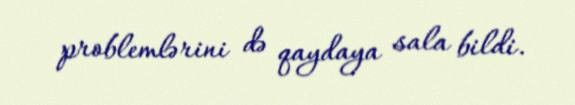
problemlərini də qaydaya sala bildi.